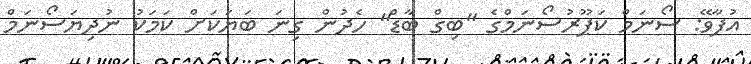
އުފާވޭ: ސޯނަމް ކަޕޫރުސޯނަމްގެ "ބިގް ބާޑް" ހެދުން ގިނަ ބަޔަކަށް ކަމަކު ނުދިޔަސޯނަމް